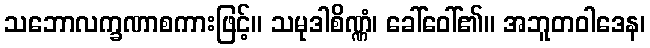
သဘောလက္ခဏာစကားဖြင့်။ သမုဒါစိဏ္ဏံ၊ ခေါ်ဝေါ်၏။ အဘူတဝါဒေန၊